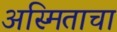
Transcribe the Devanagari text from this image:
अस्मिताचा